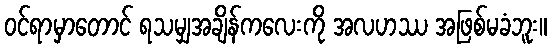
ဝင်ရာမှာတောင် ရသမျှအချိန်ကလေးကို အလဟဿ အဖြစ်မခံဘူး။